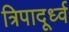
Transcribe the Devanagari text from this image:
त्रिपादूर्ध्व